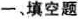
一、填空题